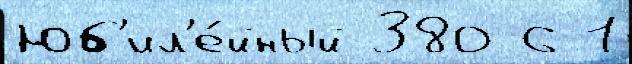
Юб'ил'е́йный 380 6 1